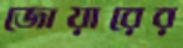
জোয়ারের